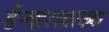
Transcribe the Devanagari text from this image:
डेन्व्हरसारख्या